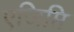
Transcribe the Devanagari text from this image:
एजिप्ति